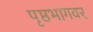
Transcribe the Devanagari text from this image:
पृष्ठभागवर